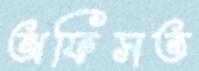
অফিসত